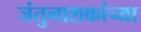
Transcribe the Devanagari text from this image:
जंतुनाशकांच्या